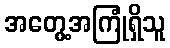
အတွေ့အကြုံရှိသူ